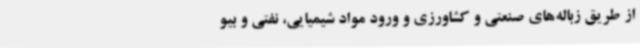
از طریق زباله‌های صنعتی و کشاورزی و ورود مواد شیمیایی، نفتی و بیو